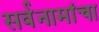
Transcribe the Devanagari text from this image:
सर्वनामांचा